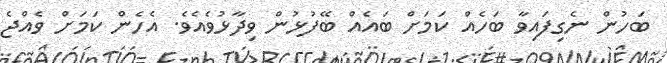
ބަހުން ނެގިފައިވާ ބަހެއް ކަމަށް ބައެއް ބޭފުޅުން ވިދާޅުވެއެވެ. އެހެން ކަމަށް ވެއްޖެ